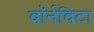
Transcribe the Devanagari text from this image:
बॉर्नविटा